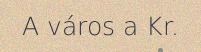
A város a Kr.